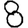
Digit: 8